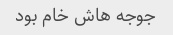
جوجه هاش خام بود